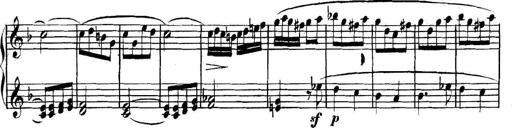
Title: Collected Piano Sonatas
Composer: Muzio Clementi